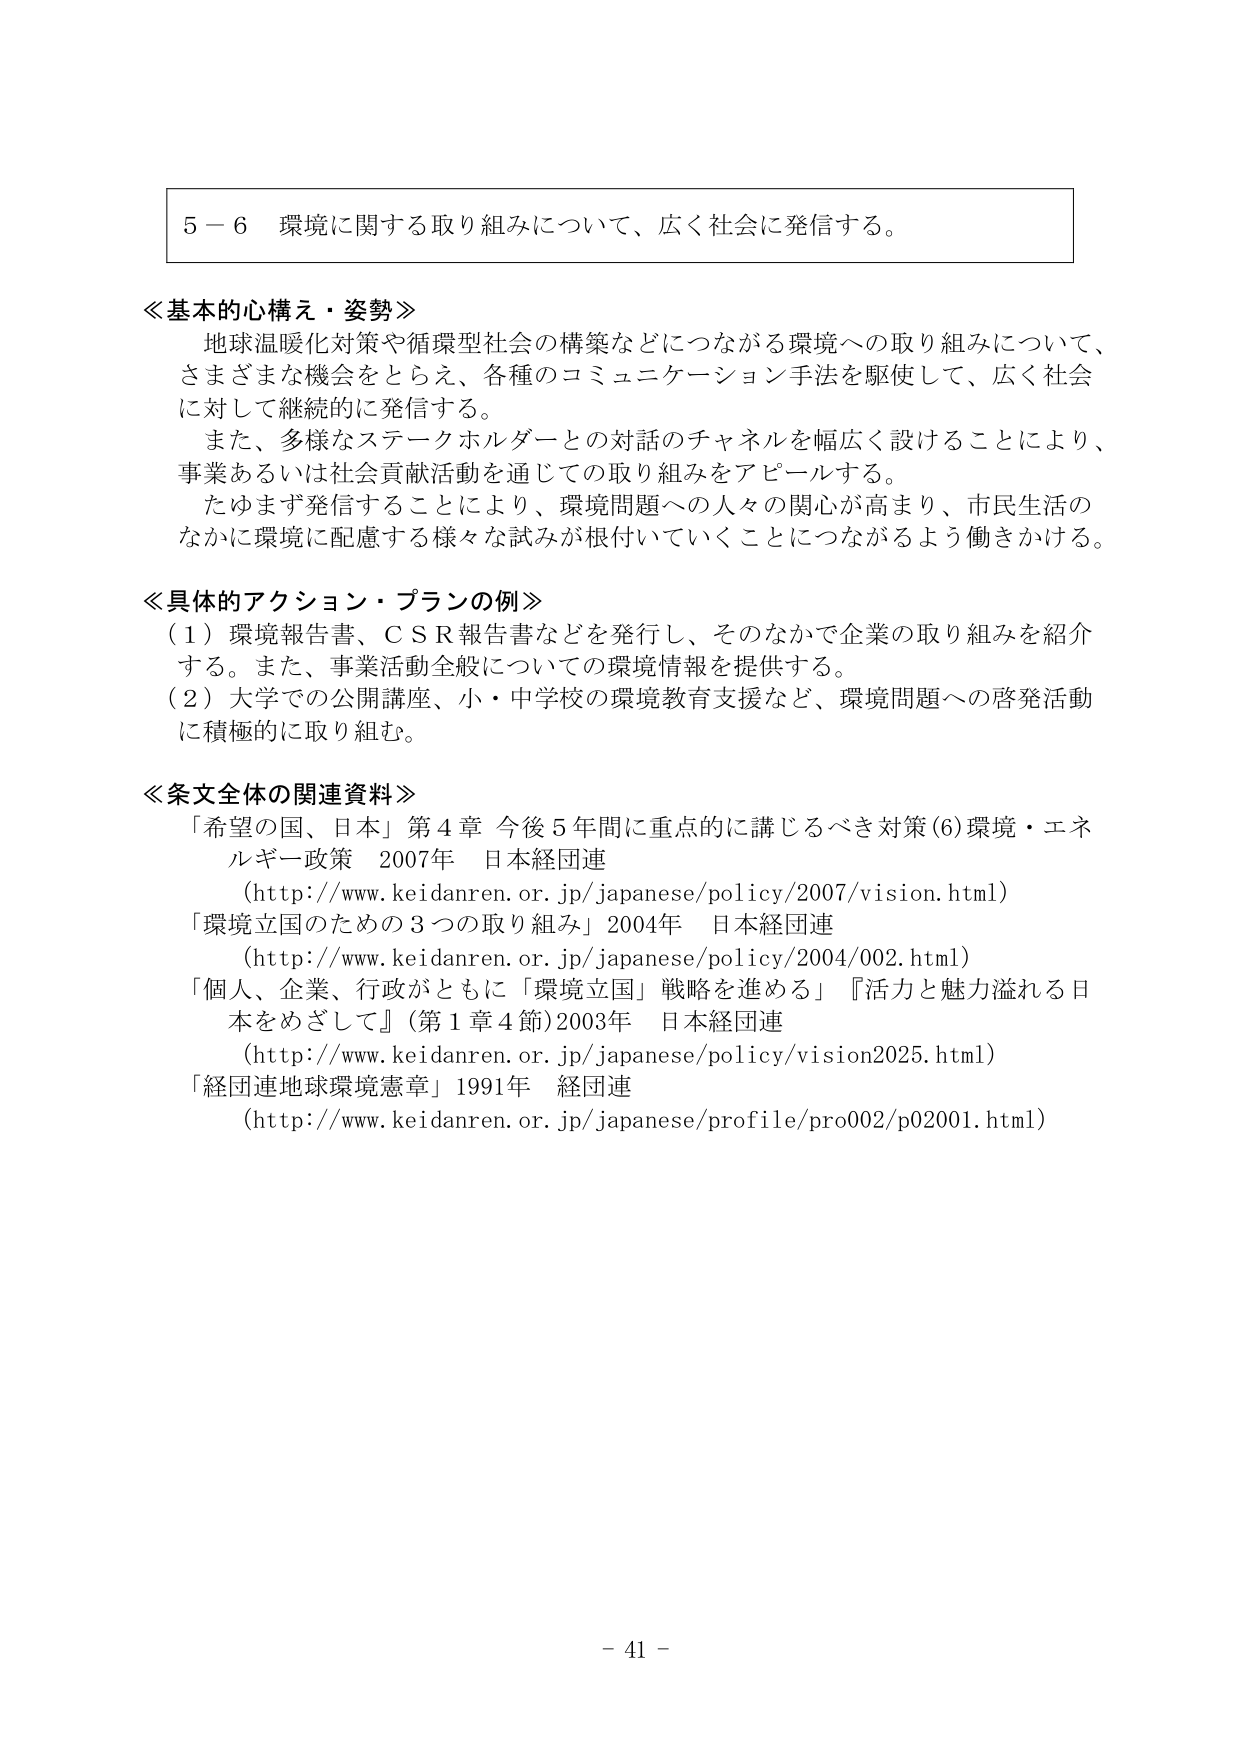
5－6 環境に関する取り組みについて、広く社会に発信する。

≪基本的心構え・姿勢≫
地球温暖化対策や循環型社会の構築などにつながる環境への取り組みについて、
さまざまな機会をとらえ、各種のコミュニケーション手法を駆使して、広く社会
に対して継続的に発信する。
また、多様なステークホルダーとの対話のチャネルを幅広く設けることにより、
事業あるいは社会貢献活動を通じての取り組みをアピールする。
たゆまず発信することにより、環境問題への人々の関心が高まり、市民生活の
なかに環境に配慮する様々な試みが根付いていくことにつながるよう働きかける。

≪具体的アクション・プランの例≫
（1）環境報告書、ＣＳＲ報告書などを発行し、そのなかで企業の取り組みを紹介
する。また、事業活動全般についての環境情報を提供する。
（2）大学での公開講座、小・中学校の環境教育支援など、環境問題への啓発活動
に積極的に取り組む。

≪条文全体の関連資料≫
「希望の国、日本」第4章 今後5年間に重点的に講じるべき対策(6)環境・エネ
ルギー政策 2007年 日本経団連
（http://www.keidanren.or.jp/japanese/policy/2007/vision.html）
「環境立国のための3つの取り組み」2004年 日本経団連
（http://www.keidanren.or.jp/japanese/policy/2004/002.html）
「個人、企業、行政がともに「環境立国」戦略を進める」『活力と魅力溢れる日
本をめざして』（第1章4節）2003年 日本経団連
（http://www.keidanren.or.jp/japanese/policy/vision2025.html）
「経団連地球環境憲章」1991年 経団連
（http://www.keidanren.or.jp/japanese/profile/pro002/p02001.html）

－ 41 －